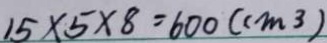
1 5 \times 5 \times 8 = 6 0 0 ( c m ^ { 3 } )